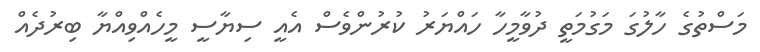
މަސްތުގެ ހާލުގަ މަގުމަތީ ދުވާމީހާ ހައްޔަރު ކުރުންވެސް އެއީ ސިޔާސީ މީހެއްވިއްޔާ ބިރުދެއް